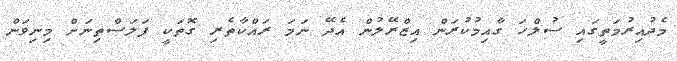
މެދުއިރުމަތީގައި ސުލްހަ ގާއިމުކުރަން އިޒްރޭލުން އެދޭ ނަމަ ރައްކާތެރި ގޮތަކީ ފަލަސްތިނަށް މިނިވަން